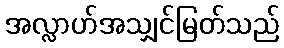
အလ္လာဟ်အသျှင်မြတ်သည်